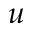
\boldsymbol { u }